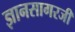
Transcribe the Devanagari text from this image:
ज्ञानसागरजी